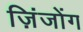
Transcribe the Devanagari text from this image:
ज़िंजोंग